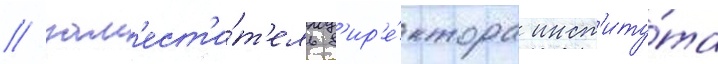
/ зам'ест'и́т'ель д'ир'е́ктора инст'иту́та